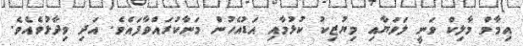
އިމާމް މާލިކް ވަނީ ލަވަޔާއި މިޔުޒިކު ކުޅުމާއި އަޑުއެހުން މަނާކުރައްވާފައެވެ. އަދި ވިދާޅުވެއެވެ.